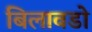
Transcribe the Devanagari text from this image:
बिलावडो